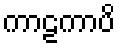
ကာဠကာပိ